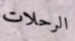
الرحلات